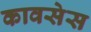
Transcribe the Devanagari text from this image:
कावसेस